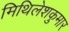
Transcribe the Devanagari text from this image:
मिथिलेशकुमार